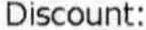
DISCOUNT: